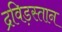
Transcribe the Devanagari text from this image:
द्रविड़स्तान